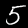
Label: 5